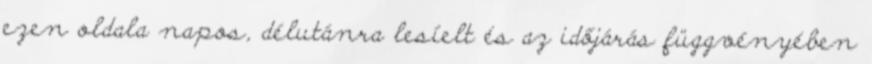
ezen oldala napos, délutánra lesíelt és az időjárás függvényében